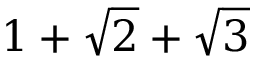
1 + { \sqrt { 2 } } + { \sqrt { 3 } }